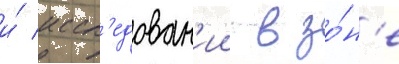
и́ иссл'едован'ии в зо́н'е